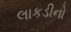
લાકડીનો